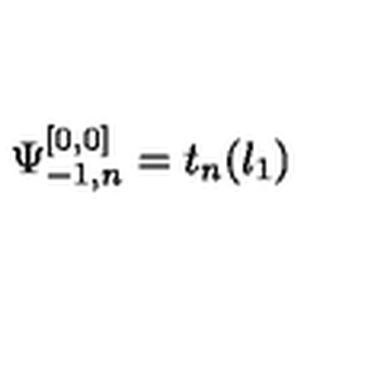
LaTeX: \Psi _ { - 1 , n } ^ { [ 0 , 0 ] } = t _ { n } ( l _ { 1 } )